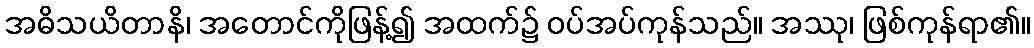
အဓိသယိတာနိ၊ အတောင်ကိုဖြန့်၍ အထက်၌ ဝပ်အပ်ကုန်သည်။ အဿု၊ ဖြစ်ကုန်ရာ၏။